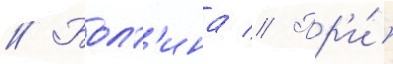
// Болт'ина // Пр'и́